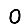
Digit: 0